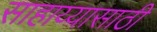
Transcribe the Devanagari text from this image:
साहाय्यासाठी